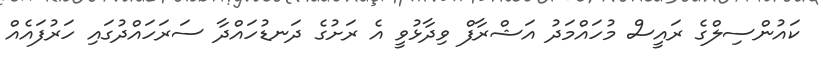
ކައުންސިލްގެ ރައީސް މުހައްމަދު އަޝްރާފް ވިދާޅުވީ އެ ރަށުގެ ދަނޑުހައްދާ ސަރަހައްދުގައި ހަރުފައެއް